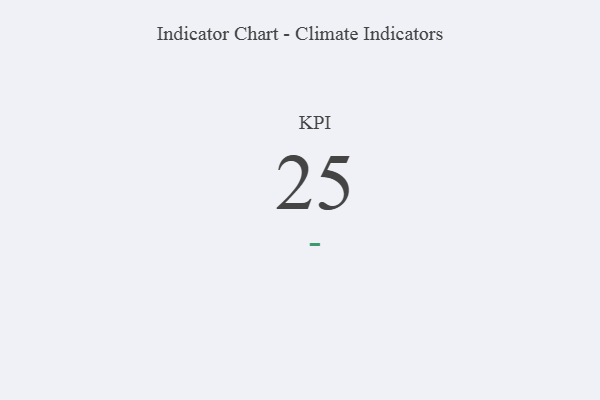
{"axis": {"x": "KPI", "y": "Value"}, "legend": [""], "data": [{"x": "KPI", "y": 25, "type": ""}]}